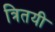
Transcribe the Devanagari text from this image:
त्रितयी